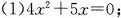
(1)$$4 x ^ { 2 } + 5 x = 0$$；